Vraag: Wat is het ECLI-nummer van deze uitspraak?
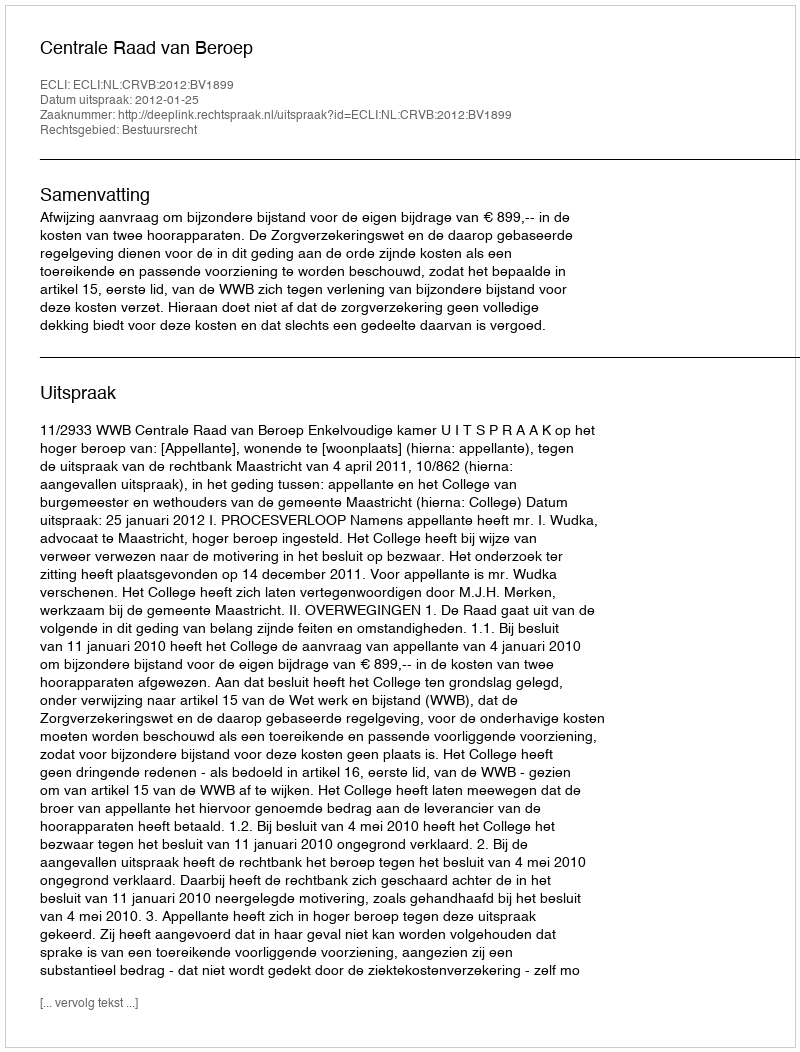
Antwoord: ECLI:NL:CRVB:2012:BV1899